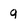
Character: q